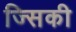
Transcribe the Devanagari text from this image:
ज्सिकी